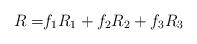
LaTeX: \begin{align*}R=&f_1R_1+f_2R_2+f_3R_3\end{align*}